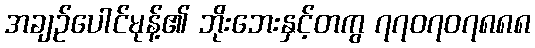
အချဉ်ပေါင်မုန့်၏ ဘိုးဘေးနှင့်တကွ ၇၇၀၇၀၇၈၈၈